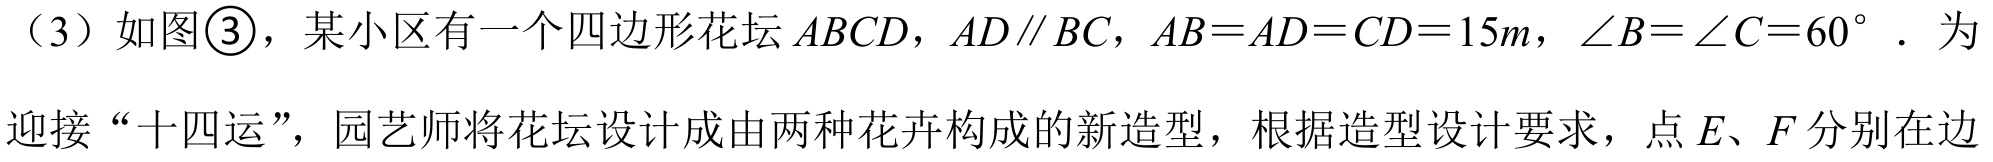
（3）如图\textcircled{3}，某小区有一个四边形花坛$ABCD$，$AD\parallel BC$，$AB = AD = CD = 15m$，$\angle B=\angle C = 60^{\circ}$．为
迎接“十四运”，园艺师将花坛设计成由两种花卉构成的新造型，根据造型设计要求，点$E、F$分别在边